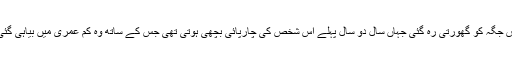
وہ اپنے ہونے کے احساس سے ما ورا خالی ذہن کے ساتھ کمرے میں اس جگہ کو گھورتی رہ گئی جہاں سال دو سال پہلے اس شخص کی چارپائی بچھی ہوتی تھی جس کے ساتھ وہ کم عمری میں بیاہی گئی تھی اور جسے اپنا خون پلاتے ہوئے اس نے ساری عمر کاٹ دی تھی۔